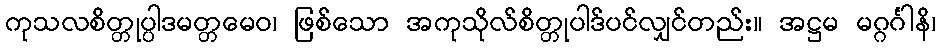
ကုသလစိတ္တုပ္ပါဒမတ္တမေဝ၊ ဖြစ်သော အကုသိုလ်စိတ္တုပါဒ်ပင်လျှင်တည်း။ အဋ္ဌမ မဂ္ဂင်္ဂါနိ၊